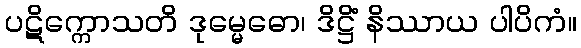
ပဋိက္ကောသတိ ဒုမ္မေဓော၊ ဒိဋ္ဌိံ နိဿာယ ပါပိကံ။